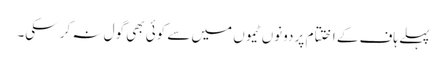
پہلے ہاف کے اختتام پر دونوں ٹیموں میں سے کوئی بھی گول نہ کر سکی۔